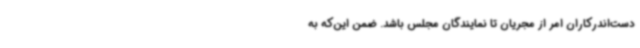
دست‌اندرکاران امر از مجریان تا نمایندگان مجلس باشد. ضمن این‌که به